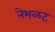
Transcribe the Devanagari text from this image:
नेभळट